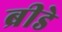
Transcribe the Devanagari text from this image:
ब्रीडे